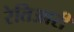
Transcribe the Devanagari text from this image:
रेतिआरी